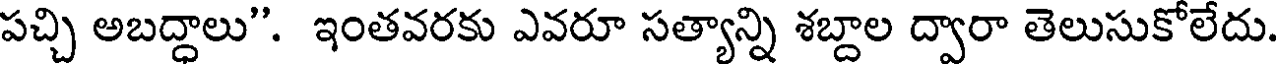
పచ్చి అబద్ధాలు". ఇంతవరకు ఎవరూ సత్యాన్ని శబ్దాల ద్వారా తెలుసుకోలేదు.